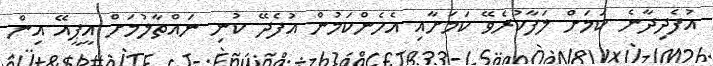
އުފެދިދާނެ ކަމަށް ލަފާކުރެވޭ ކަމަށާއި އެހެންކަމުން އުފެދޭ ކުނި ނައްތާލުމަށް އީޕީއޭ އިން